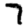
Digit: 7